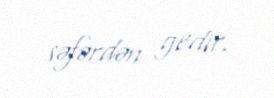
səfərdən gedir.